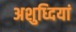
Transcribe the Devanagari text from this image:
अशुध्दियां